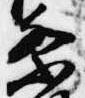
祭